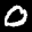
Label: 0